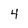
Character: 4